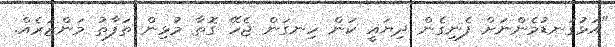
"އަޅުގަނޑުމެންނަށް ފެނިގެން ދިޔައީ ކަން ހިނގަން ޖެހޭ ގޮތާ މުޅިން ތަފާތު މަންޒަރެއް.